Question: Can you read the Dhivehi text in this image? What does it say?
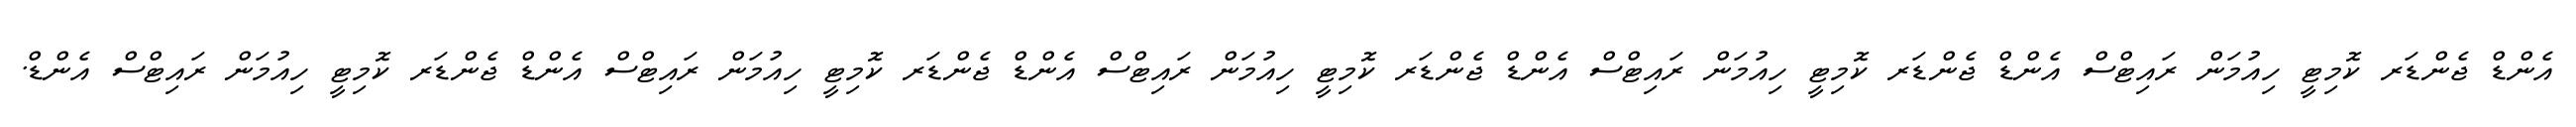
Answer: އެންޑް ޖެންޑަރ ކޮމިޓީ ހިއުމަން ރައިޓްސް އެންޑް ޖެންޑަރ ކޮމިޓީ ހިއުމަން ރައިޓްސް އެންޑް ޖެންޑަރ ކޮމިޓީ ހިއުމަން ރައިޓްސް އެންޑް ޖެންޑަރ ކޮމިޓީ ހިއުމަން ރައިޓްސް އެންޑް ޖެންޑަރ ކޮމިޓީ ހިއުމަން ރައިޓްސް އެންޑް.